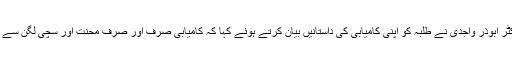
اس موقع پر پروفیسر ڈاکٹر ابوذر واجدی نے طلبہ کو اپنی کامیابی کی داستانیں بیان کرتے ہوئے کہا کہ کامیابی صرف اور صرف محنت اور سچی لگن سے حاصل کی جاسکتی ہے۔